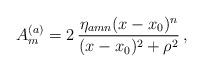
LaTeX: \begin{align*}A_m^{(a)}=2\,\frac{\eta_{amn}(x-x_0)^n}{(x-x_0)^2+\rho^2}\, ,\end{align*}